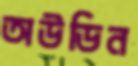
অউডিন